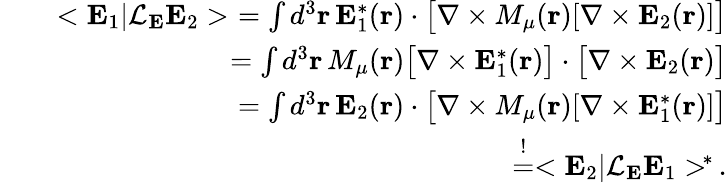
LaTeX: \begin{array}{rlr}&{}&{<{\mathbf E}_{1}|{\cal L}_{{\mathbf E}}{\mathbf E}_{2}>\, \, =\int d^{3}{\mathbf r}\, {\mathbf E}_{1}^{*}({\mathbf r})\cdot\big[\nabla\times M_{\mu}({\mathbf r})[\nabla\times{\mathbf E}_{2}({\mathbf r})]\big]}\\ &{}&{\quad=\int d^{3}{\mathbf r}\, M_{\mu}({\mathbf r})\big[\nabla\times{\mathbf E}_{1}^{*}({\mathbf r})\big]\cdot\big[\nabla\times{\mathbf E}_{2}({\mathbf r})\big]}\\ &{}&{\quad=\int d^{3}{\mathbf r}\, {\mathbf E}_{2}({\mathbf r})\cdot\big[\nabla\times M_{\mu}({\mathbf r})[\nabla\times{\mathbf E}_{1}^{*}({\mathbf r})]\big]}\\ &{}&{\quad\stackrel{!}{=}<{\mathbf E}_{2}|{\cal L}_{{\mathbf E}}{\mathbf E}_{1}>^{\! *}\, .}\end{array}